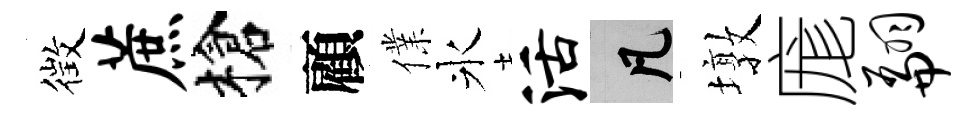
徴蔗槍顧㒒氷活凡墩庬翩